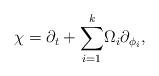
LaTeX: \begin{align*}\chi =\partial _t+{{{\sum_{i=1}^k}}}\Omega _i\partial _{\phi _i},\end{align*}